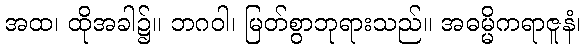
အထ၊ ထိုအခါ၌။ ဘဂဝါ၊ မြတ်စွာဘုရားသည်။ အဓမ္မိကရာဇူနံ၊